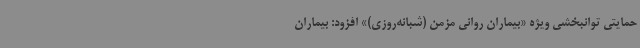
حمایتی توانبخشی ویژه «بیماران روانی مزمن (شبانه‌روزی)» افزود: بیماران